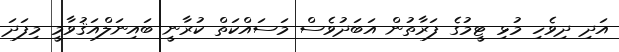
އަދި ދިވެހި މުޅި ޓީމުގެ ފަރާތުން އަބަދުވެސް މަސައްކަތް ކުރާނީ ބައިނަލްއަޤުވާމީ މިފަދަ